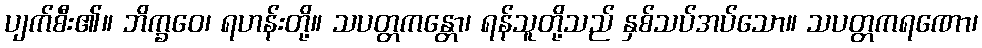
ပျက်စီး၏။ ဘိက္ခဝေ၊ ရဟန်းတို့။ သပတ္တကန္တော၊ ရန်သူတို့သည် နှစ်သပ်အပ်သော။ သပတ္တကရဏော၊